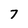
Character: 7